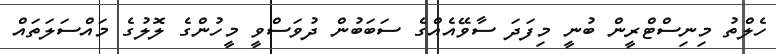
ހެލްތު މިނިސްޓްރީން ބުނީ މިފަދަ ސާވޭއެއްގެ ސަބަބުން ދުވަސްވީ މީހުންގެ ލޮލުގެ މައްސަލަތައް